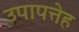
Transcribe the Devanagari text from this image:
उपापत्तेह